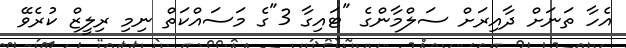
އެހާ ތަނަށް ދާއިރަށް ސަލްމާންގެ "ޓައިގާ 3"ގެ މަސައްކަތް ނިމި ރިލީޒް ކުރެވޭ